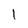
Character: 1